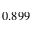
0 . 8 9 9